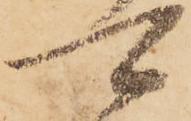
可